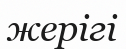
жерігі